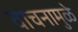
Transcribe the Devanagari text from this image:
वाचनामुळे